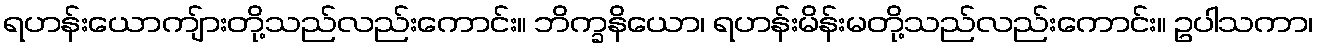
ရဟန်းယောကျ်ားတို့သည်လည်းကောင်း။ ဘိက္ခနိယော၊ ရဟန်းမိန်းမတို့သည်လည်းကောင်း။ ဥပါသကာ၊